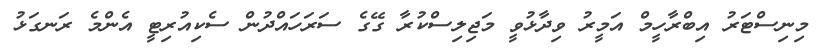
މިނިސްޓަރު އިބްރާހީމް އަމީރު ވިދާޅުވީ މަޖިލިސްކުރާ ގޭގެ ސަރަހައްދުން ސެކިއުރިޓީ އެންމެ ރަނގަޅު